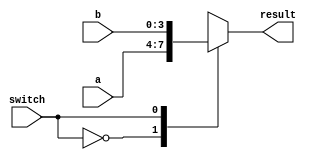
module multiplexer(a,b,switch,result);
	input [3:0]a;
	input [3:0]b;
	input switch;
	output reg [3:0]result;
	
	
	always@(a, b, switch)
	
	case(switch)
			0 : result[3:0] <= a[3:0];
			1 : result[3:0] <= b[3:0];
		endcase
	
	
endmodule 


//multiplexer for highest score in each game

module highscoreMUX (a,b,switch,finalhs);
	
	input switch;
	input [23:0]a;
	input [23:0]b;
	
	output reg [23:0]finalhs;
	
	
	always@(a, b, switch)
		case(switch)
			0 : finalhs[23:0] <= a[23:0];
			1 : finalhs[23:0] <= b[23:0];
		endcase
	
	
endmodule